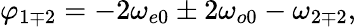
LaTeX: \varphi_{1\mp 2}=-2\omega_{e0}\pm 2\omega_{o0}-\omega_{2\mp 2},